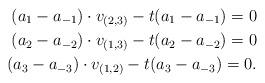
LaTeX: \begin{align*}(a_1 - a_{-1}) \cdot v_{(2,3)} - t(a_1 - a_{-1}) = 0 \\(a_2 - a_{-2}) \cdot v_{(1,3)} - t(a_2 - a_{-2}) = 0 \\(a_3 - a_{-3}) \cdot v_{(1,2)} - t(a_3 - a_{-3}) = 0.\end{align*}